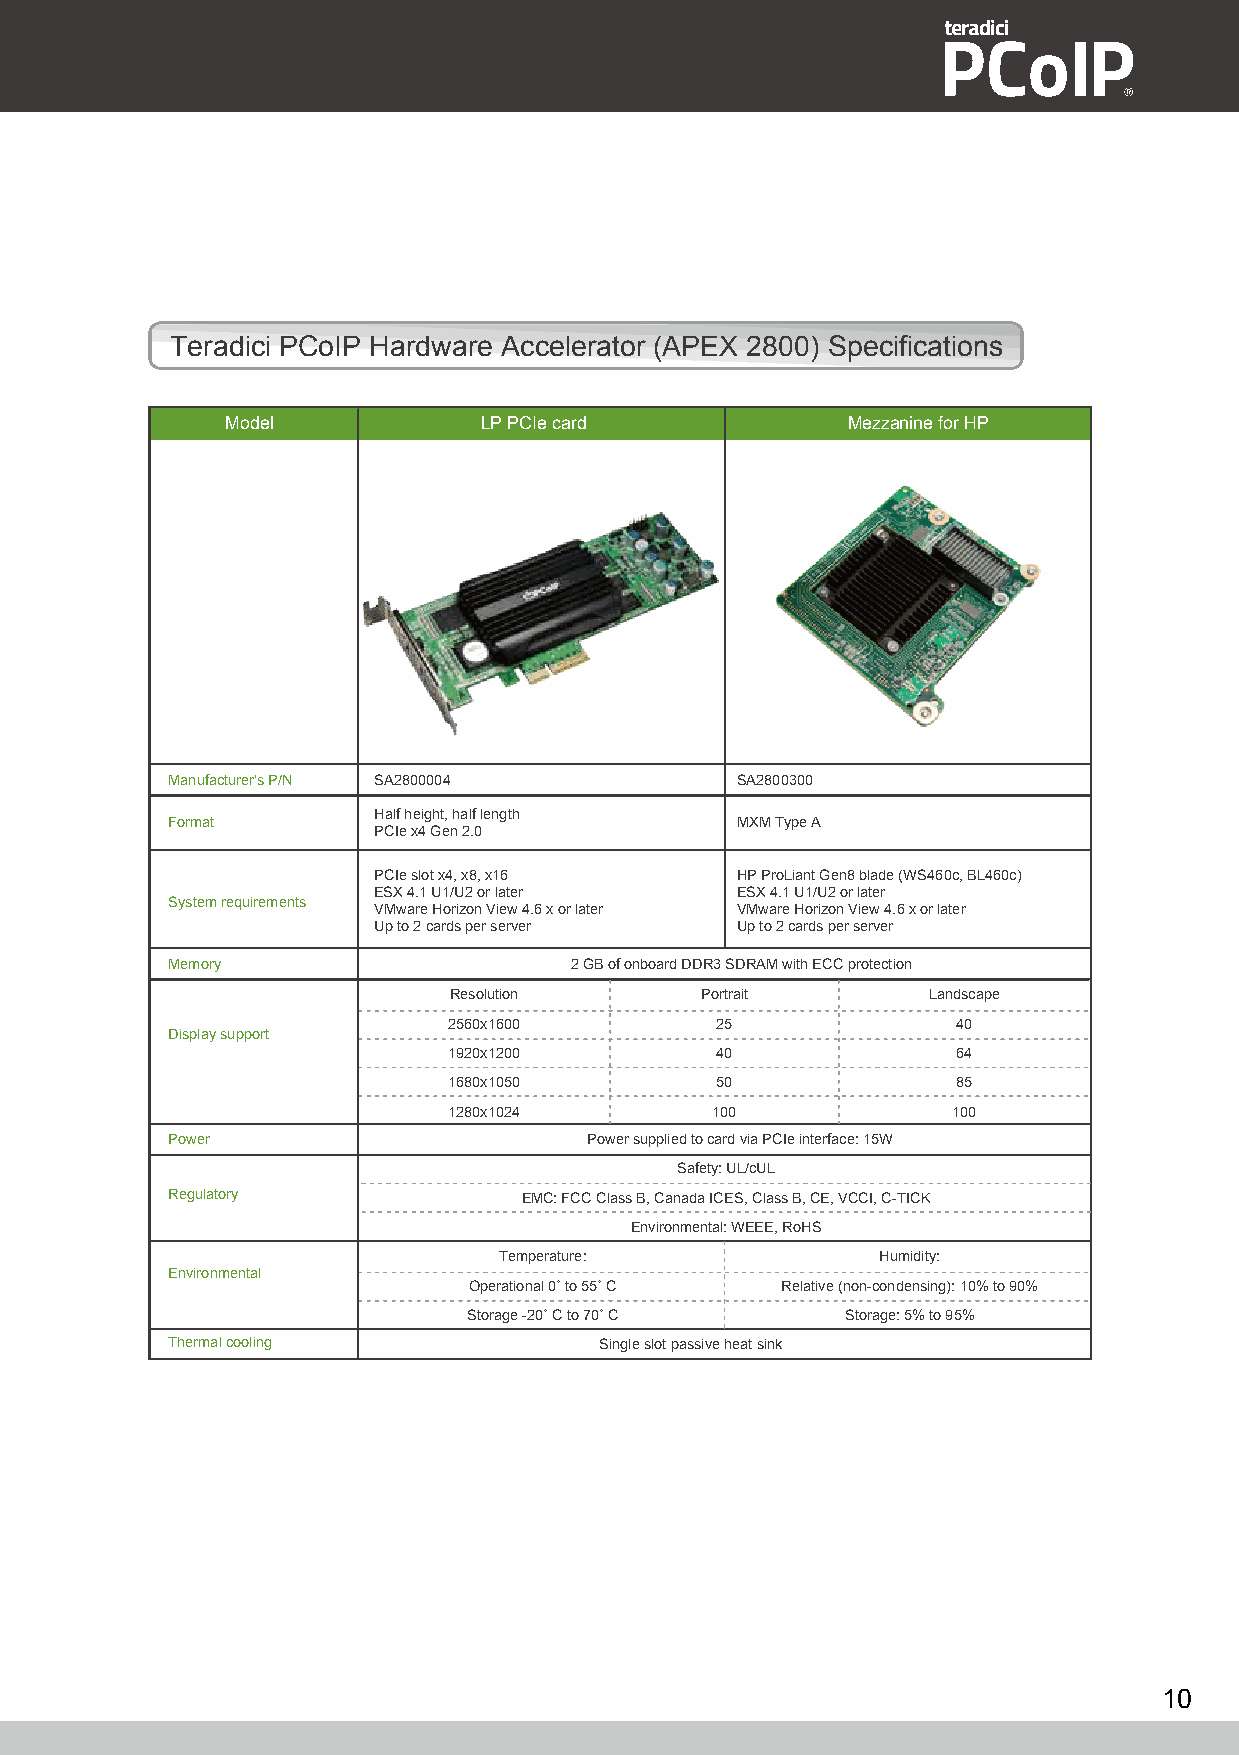
Teradici PCoIP Hardware Accelerator (APEX 2800) Specifications
 Model            LP PCIe card            Mezzanine for HP
 Manufacturer's P/N SA2800004          SA2800300
 Half height, half length
 Format                                MXM Type A
 PCIe x4 Gen 2.0
 PCIe slot x4, x8, x16   HP ProLiant Gen8 blade (WS460c, BL460c)
 ESX 4.1 U1/U2 or later  ESX 4.1 U1/U2 or later
 System requirements
 VMware Horizon View 4.6 x or later VMware Horizon View 4.6 x or later
 Up to 2 cards per server Up to 2 cards per server
 Memory                     2 GB of onboard DDR3 SDRAM with ECC protection
 Resolution      Portrait       Landscape
 2560x1600        25              40
 Display support
 1920x1200        40              64
 1680x1050        50              85
 1280x1024        100             100
 Power                       Power supplied to card via PCIe interface: 15W
 Safety: UL/cUL
 Regulatory              EMC: FCC Class B, Canada ICES, Class B, CE, VCCI, C-TICK
 Environmental: WEEE, RoHS
 Temperature:             Humidity:
 Environmental
 Operational 0˚ to 55˚ C Relative (non-condensing): 10% to 90%
 Storage -20˚ C to 70˚ C  Storage: 5% to 95%
 Thermal cooling              Single slot passive heat sink
 10